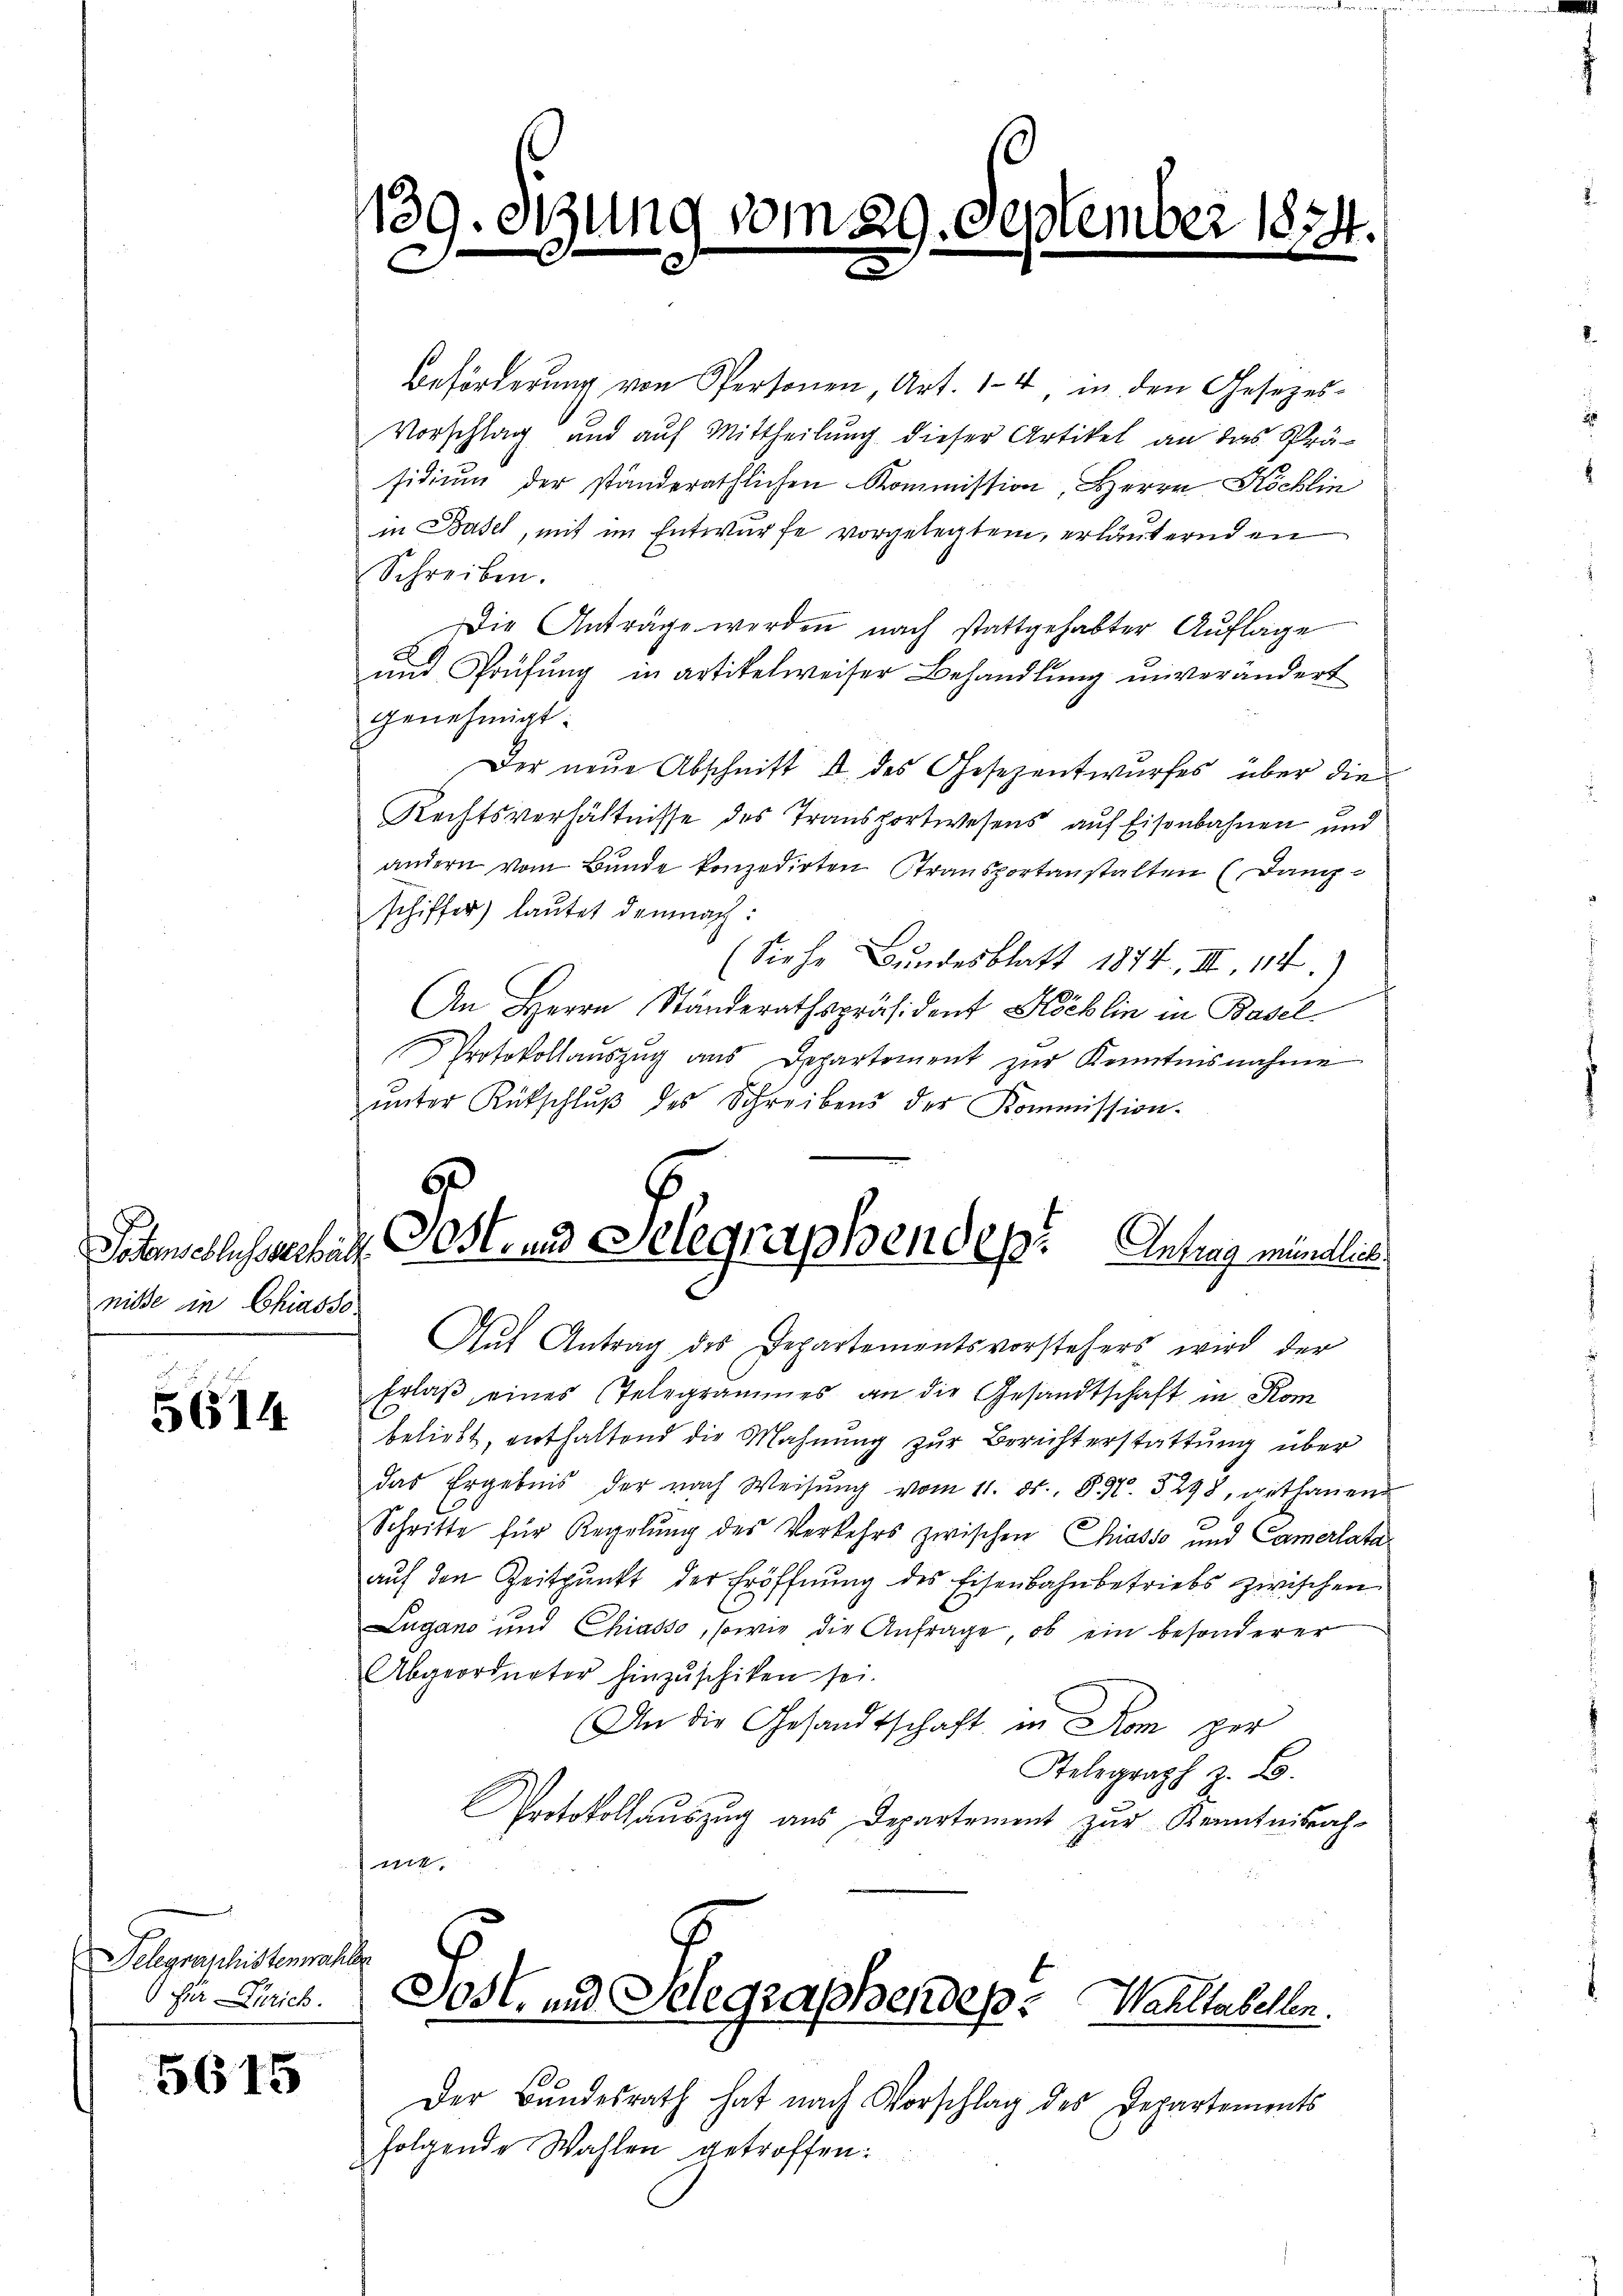
Patenschlusserhält
nisse in Chiasso

5614.

Delegraschistenmahler
für Zürich.

5615

139. Stung von

Beförderung von Personen Art. 14 in den Gesezes¬
Vorschlag und auf Mittheilung dieser Artikel an das Präsidium der ständeräthlichen Kommission, Herrn Köchlin
in Basel, mit im Entwurfe vorgelegten, erläuternden
Schreiben.
Die Anträge werden nach stattgehabter Auflage
E
und Prüfung in artikelweiser Behandlung unverändert
genehmigt.
Der neue Abschnitt d. des Gesezentwurfes über die
Rechtsverhältnisse des Transportwesens auf Eisenbahnen und
andern vom Bunde konzedirten Stransportanstalten (Dangschiffer lautet demnach:
(Siehe Bundesblatt 1874. II, 114.)
An Herrn Ständerathspräsident Höcklin in Basel
Protokollaŭszŭg ans Departement zŭr Kenntnisnahme
ŭnter Rütschlŭβ des Schreibens der Kommission.
Postens Selegraphendep. Antrag mündlich
Aŭf Antrag des Departementsvorstehers wird der
Erlaß eines Telegrammes an die Gesandtschaft in Kom
beliebt, enthaltend die Mahnung zur Berichterstattung über
das Ergebnis der nach Weisŭng vom 11. ds. 89. 3298, gethanen
Schritte für Regelŭng des Verkehrs zwischen Chiasso und Camerlata
auf den Zeitpunkt der Eröffnung des Eisenbahnbetriebs zwischen
Lugano und Chiasso, sowie die Anfrage, ob ein besonderer
Abgeordneter hinzuschiken sei.
An die Gesandtschaft in Rom per
Telegraph z. B.
Protokollauszug aus Departement zur Kenntnissach-
nik

29. Septen

22 1874

Jost- und Telegraphendes Wahltabellen

Der Bundesrath hat nach Vorschlag des Departements
folgende Wahlen getroffen.